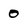
Character: 0